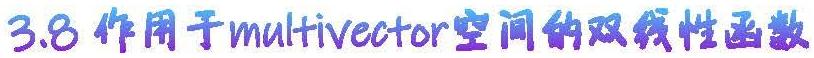
3.8 作用于multivector空间的双线性函数